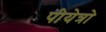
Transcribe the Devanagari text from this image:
पीयेत्रो